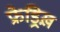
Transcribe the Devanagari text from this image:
फ्रेड्रिख़